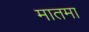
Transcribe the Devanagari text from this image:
मातमा